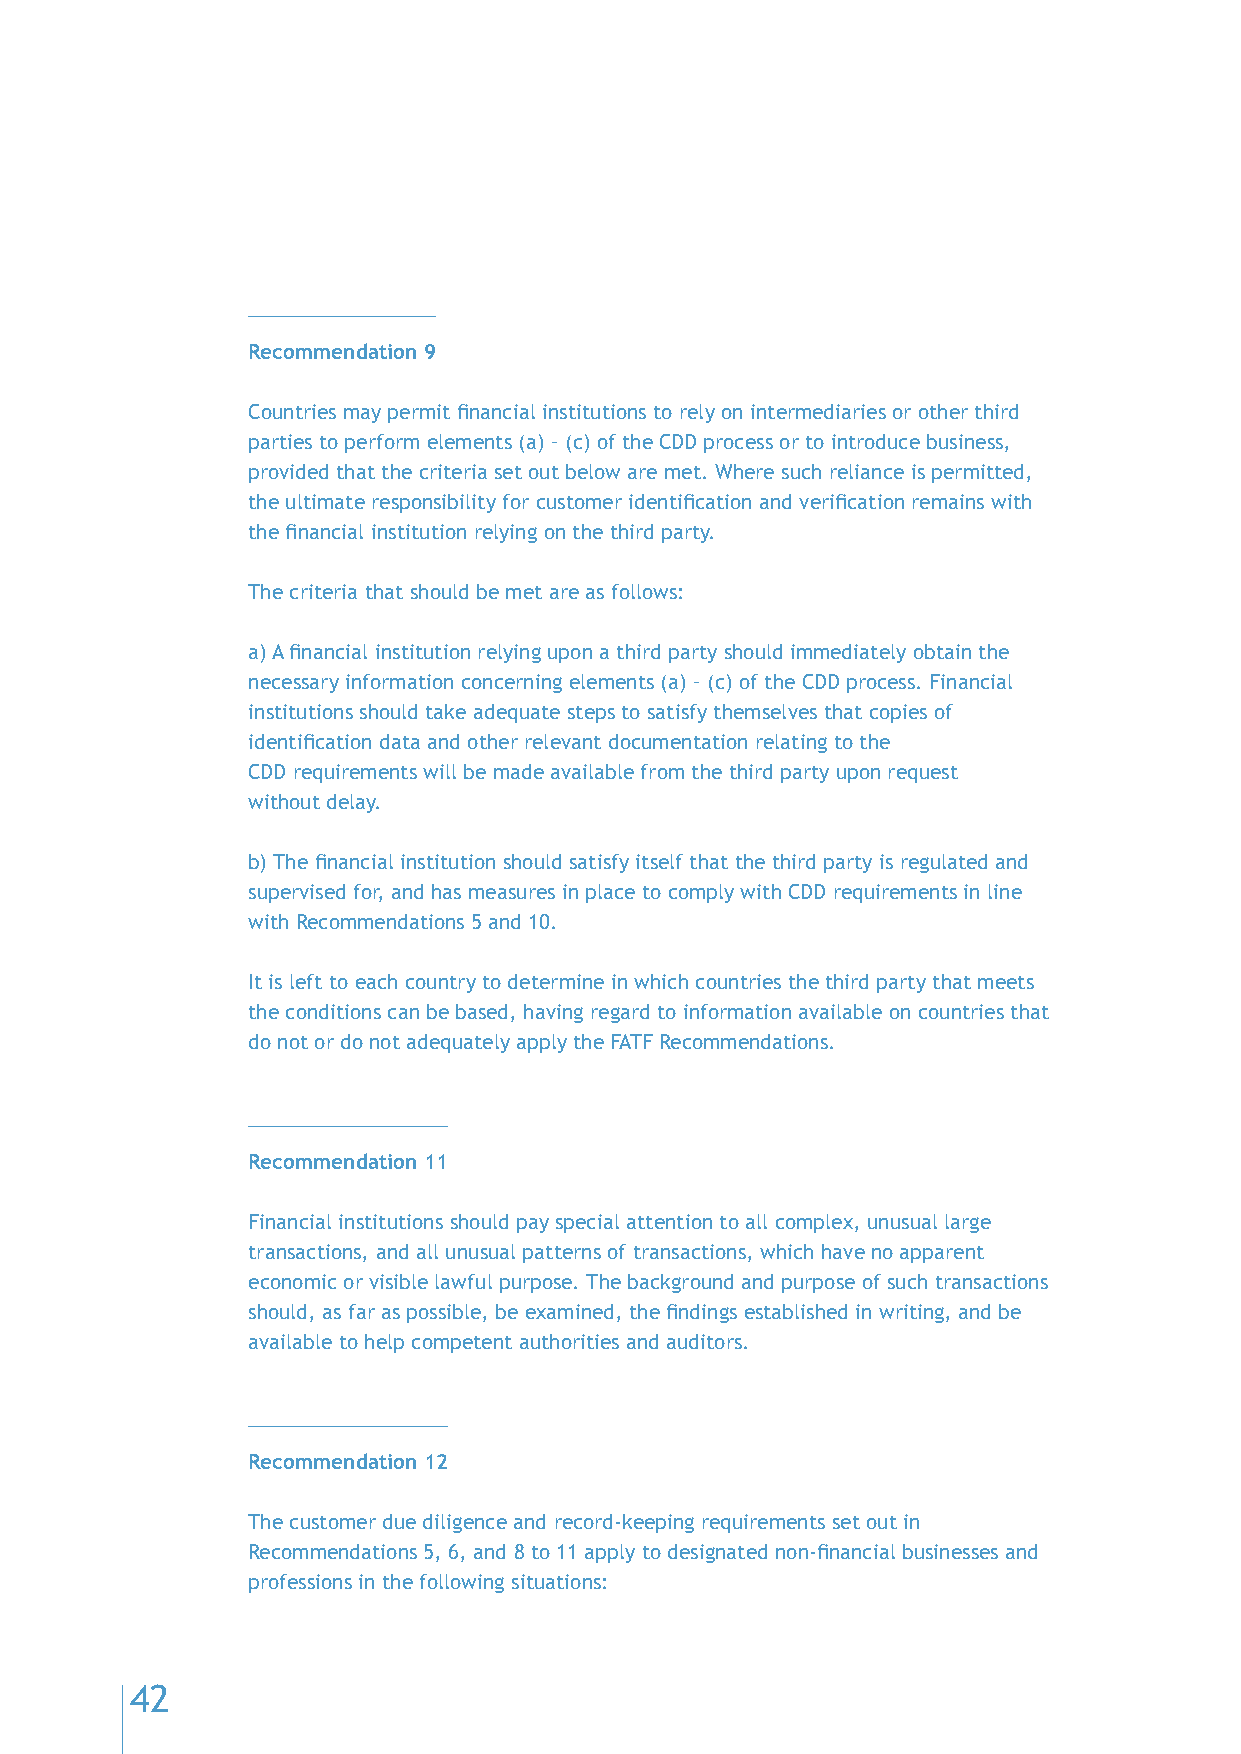
Recommendation 9
 Countries may permit financial institutions to rely on intermediaries or other third
 parties to perform elements (a) – (c) of the CDD process or to introduce business,
 provided that the criteria set out below are met. Where such reliance is permitted,
 the ultimate responsibility for customer identification and verification remains with
 the financial institution relying on the third party.
 The criteria that should be met are as follows:
 a) A financial institution relying upon a third party should immediately obtain the
 necessary information concerning elements (a) – (c) of the CDD process. Financial
 institutions should take adequate steps to satisfy themselves that copies of
 identification data and other relevant documentation relating to the
 CDD requirements will be made available from the third party upon request
 without delay.
 b) The financial institution should satisfy itself that the third party is regulated and
 supervised for, and has measures in place to comply with CDD requirements in line
 with Recommendations 5 and 10.
 It is left to each country to determine in which countries the third party that meets
 the conditions can be based, having regard to information available on countries that
 do not or do not adequately apply the FATF Recommendations.
 Recommendation 11
 Financial institutions should pay special attention to all complex, unusual large
 transactions, and all unusual patterns of transactions, which have no apparent
 economic or visible lawful purpose. The background and purpose of such transactions
 should, as far as possible, be examined, the findings established in writing, and be
 available to help competent authorities and auditors.
 Recommendation 12
 The customer due diligence and record-keeping requirements set out in
 Recommendations 5, 6, and 8 to 11 apply to designated non-financial businesses and
 professions in the following situations:
 42